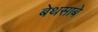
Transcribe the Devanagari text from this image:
बेथसाबे